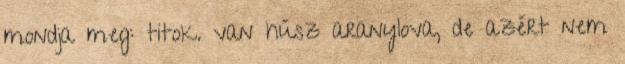
mondja meg: titok. van húsz aranylova, de azért nem